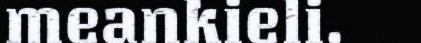
meankieli.